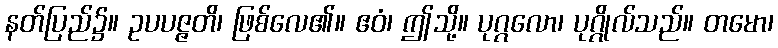
နတ်ပြည်၌။ ဥပပဇ္ဇတိ၊ ဖြစ်လေ၏။ ဧဝံ၊ ဤသို့။ ပုဂ္ဂလော၊ ပုဂ္ဂိုလ်သည်။ တမော၊